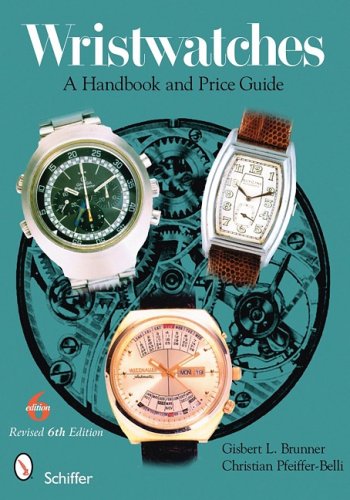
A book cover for Wristwatches: A Handbook and Price Guide; Gisbert L. Brunner; Crafts, Hobbies & Home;